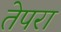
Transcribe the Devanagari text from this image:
तेपरा